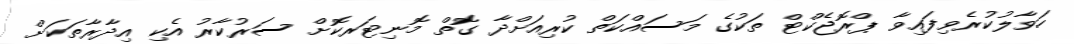
ހަވާލުކުރެވިފައިވާ ޕްރޮޖެކްޓް ތަކުގެ މަސައްކަތް ކުރިއަށްދާ ގޮތް މޮނިޓަރކޮށް ސަރުކާރު އެކި އިދާރާތަކަށް